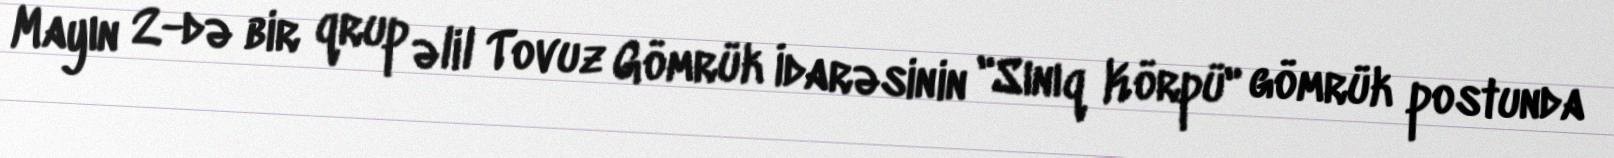
Mayın 2-də bir qrup əlil Tovuz Gömrük İdarəsinin "Sınıq Körpü" gömrük postunda